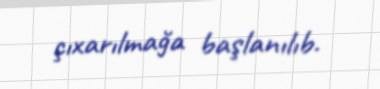
çıxarılmağa başlanılıb.